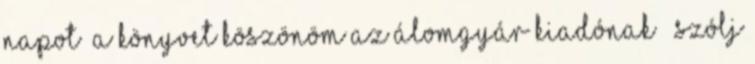
napot A könyvet köszönöm az Álomgyár Kiadónak Szólj